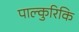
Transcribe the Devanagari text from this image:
पाल्कुरिकि